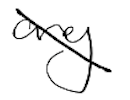
Text: any
Cross-out: diagonal
Writing tool: digital_black